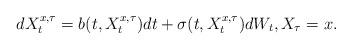
LaTeX: \begin{align*}dX^{x,\tau}_t = b(t,X^{x,\tau}_t)dt + \sigma(t,X^{x,\tau}_t)dW_t, X_{\tau} = x.\end{align*}